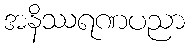
အနိဿရဏပညာ